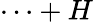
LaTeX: \cdots+H